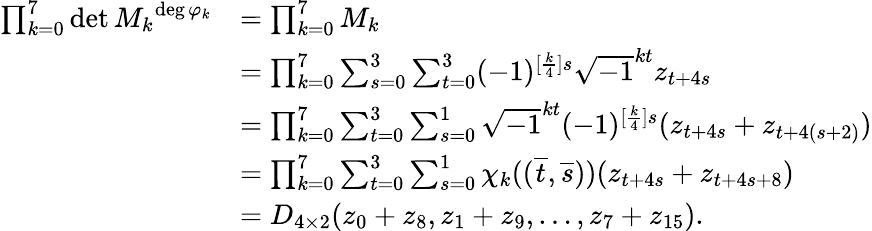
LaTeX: \begin{array}{rl}{\prod_{k=0}^{7}\operatorname*{det}{M_{k}}^{\deg{\varphi_{k}}}}&{=\prod_{k=0}^{7}M_{k}}\\ &{=\prod_{k=0}^{7}\sum_{s=0}^{3}\sum_{t=0}^{3}(-1)^{[\frac{k}{4}]s}\sqrt{-1}^{kt}z_{t+4s}}\\ &{=\prod_{k=0}^{7}\sum_{t=0}^{3}\sum_{s=0}^{1}\sqrt{-1}^{kt}(-1)^{[\frac{k}{4}]s}(z_{t+4s}+z_{t+4(s+2)})}\\ &{=\prod_{k=0}^{7}\sum_{t=0}^{3}\sum_{s=0}^{1}\chi_{k}((\overline{{t}},\overline{{s}}))(z_{t+4s}+z_{t+4s+8})}\\ &{=D_{4\times 2}(z_{0}+z_{8},z_{1}+z_{9},\ldots,z_{7}+z_{15}).}\end{array}